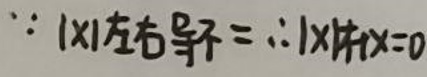
\(\because |x|\)在\(x = 0\)处不可导\( \therefore |x|\)在\(x = 0\)处不可导